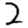
Digit: 2